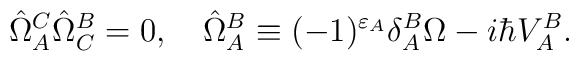
\hat{\Omega}_A^C\hat{\Omega}_C^B=0,\quad\hat{\Omega}_A^B\equiv(-1)^{\varepsilon_A}\delta^B_A\Omega-i\hbar V^B_A.